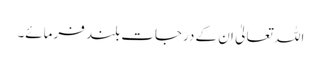
اللہ تعالیٰ ان کے درجات بلند فرمائے۔